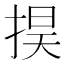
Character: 𢮚